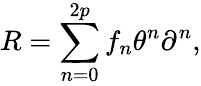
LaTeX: R=\sum_{n=0}^{2p}f_{n}\theta^{n}\partial^{n},